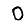
Digit: 0